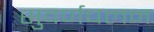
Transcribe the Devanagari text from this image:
सुवर्णचलन